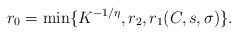
\begin{align*}r_0 =\min\{K^{-1/\eta}, r_2, r_1(C,s,\sigma)\}.\end{align*}